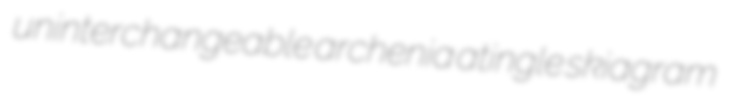
uninterchangeable archenia atingle skiagram